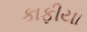
કાફીયા